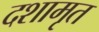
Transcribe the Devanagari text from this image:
दशामृत